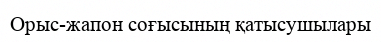
Орыс-жапон соғысының қатысушылары